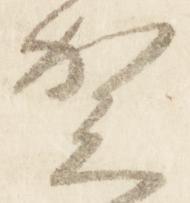
賀